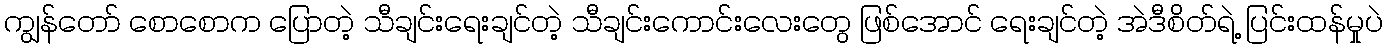
ကျွန်တော် စောစောက ပြောတဲ့ သီချင်းရေးချင်တဲ့ သီချင်းကောင်းလေးတွေ ဖြစ်အောင် ရေးချင်တဲ့ အဲဒီစိတ်ရဲ့ ပြင်းထန်မှုပဲ